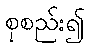
စုစည်း၍